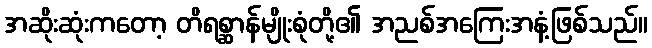
အဆိုးဆုံးကတော့ တိရစ္ဆာန်မျိုးစုံတို့၏ အညစ်အကြေးအနံ့ဖြစ်သည်။